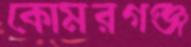
কোমরগঞ্জ